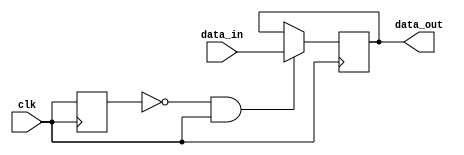
module edge_triggered_latch (
    input wire data_in,
    input wire clk,
    output reg data_out
);

reg prev_clk;

always @ (posedge clk) begin
    if (prev_clk == 1'b0 && clk == 1'b1) begin
        data_out <= data_in;
    end
    prev_clk <= clk;
end

endmodule